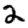
Digit: 2